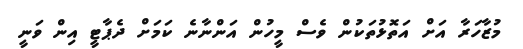
މުޒާހަރާ އަށް އަތޮޅުތަކުން ވެސް މީހުން އަންނާނެ ކަމަށް ދެޕާޓީ އިން ވަނީ